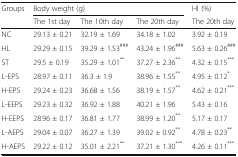
| <ROWSPAN=2> Groups | <COLSPAN=3> Body weight (g) | HI (%) |
 | The 1st day | The 10th day | The 20th day | The 20th day |
 | --- | --- | --- | --- | --- |
 | NC | 29.13 ± 0.21 | 32.19 ± 1.69 | 34.18 ± 1.02 | 3.92 ± 0.19 |
 | HL | 29.29 ± 0.15 | 39.29 ± 1.53### | 43.24 ± 1.96### | 5.63 ± 0.26### |
 | ST | 29.5 ± 0.19 | 35.29 ± 1.01** | 37.27 ± 2.36** | 4.32 ± 0.15*** |
 | L-EPS | 28.97 ± 0.11 | 36.3 ± 1.9 | 38.96 ± 1.55** | 4.95 ± 0.12* |
 | H-EPS | 29.24 ± 0.23 | 36.68 ± 1.56 | 38.19 ± 1.57** | 4.62 ± 0.21*** |
 | L-EEPS | 29.23 ± 0.32 | 36.92 ± 1.88 | 40.21 ± 1.96 | 5.43 ± 0.16 |
 | H-EEPS | 28.96 ± 0.17 | 36.81 ± 1.77 | 38.99 ± 1.20** | 5.17 ± 0.17 |
 | L-AEPS | 29.04 ± 0.07 | 36.27 ± 1.39 | 39.02 ± 0.92** | 4.78 ± 0.23** |
 | H-AEPS | 29.22 ± 0.12 | 35.01 ± 2.21** | 37.21 ± 1.30*** | 4.26 ± 0.11*** |